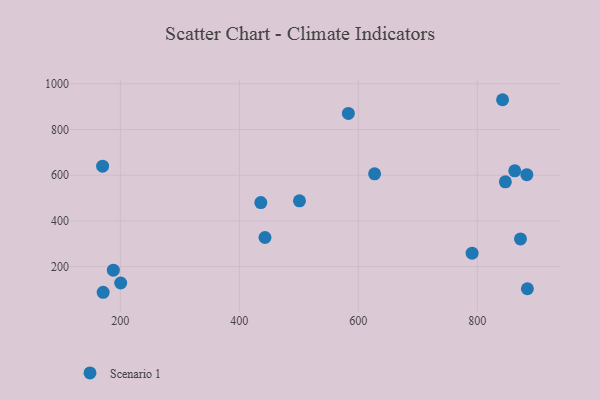
{"axis": {"x": "Investment", "y": "Exam Score"}, "legend": ["Scenario 1"], "data": [{"x": "501.1", "y": 487.9, "type": "Scenario 1"}, {"x": "436.1", "y": 479.9, "type": "Scenario 1"}, {"x": "842.5", "y": 930.3, "type": "Scenario 1"}, {"x": "583.3", "y": 870.3, "type": "Scenario 1"}, {"x": "863.0", "y": 619.2, "type": "Scenario 1"}, {"x": "884.2", "y": 102.9, "type": "Scenario 1"}, {"x": "872.6", "y": 320.9, "type": "Scenario 1"}, {"x": "627.4", "y": 605.8, "type": "Scenario 1"}, {"x": "791.3", "y": 258.4, "type": "Scenario 1"}, {"x": "170.2", "y": 639.5, "type": "Scenario 1"}, {"x": "171.1", "y": 87.4, "type": "Scenario 1"}, {"x": "200.6", "y": 127.9, "type": "Scenario 1"}, {"x": "443.1", "y": 327.2, "type": "Scenario 1"}, {"x": "847.2", "y": 570.9, "type": "Scenario 1"}, {"x": "188.2", "y": 184.2, "type": "Scenario 1"}, {"x": "883.3", "y": 602.2, "type": "Scenario 1"}]}